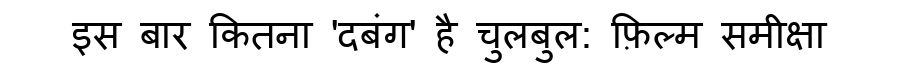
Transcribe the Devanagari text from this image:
इस बार कितना 'दबंग' है चुलबुल: फ़िल्म समीक्षा